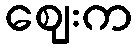
ဈေးက